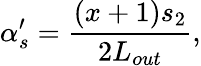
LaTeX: \alpha_{s}^{\prime}=\frac{(x+1)s_{2}}{2L_{out}},